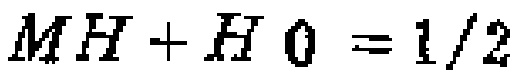
$MH + HO = 1/2$